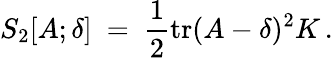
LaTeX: S_{2}[A;\delta]~=~\frac{1}{2}\mathrm{tr}(A-\delta)^{2}K\, .